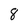
Character: 8